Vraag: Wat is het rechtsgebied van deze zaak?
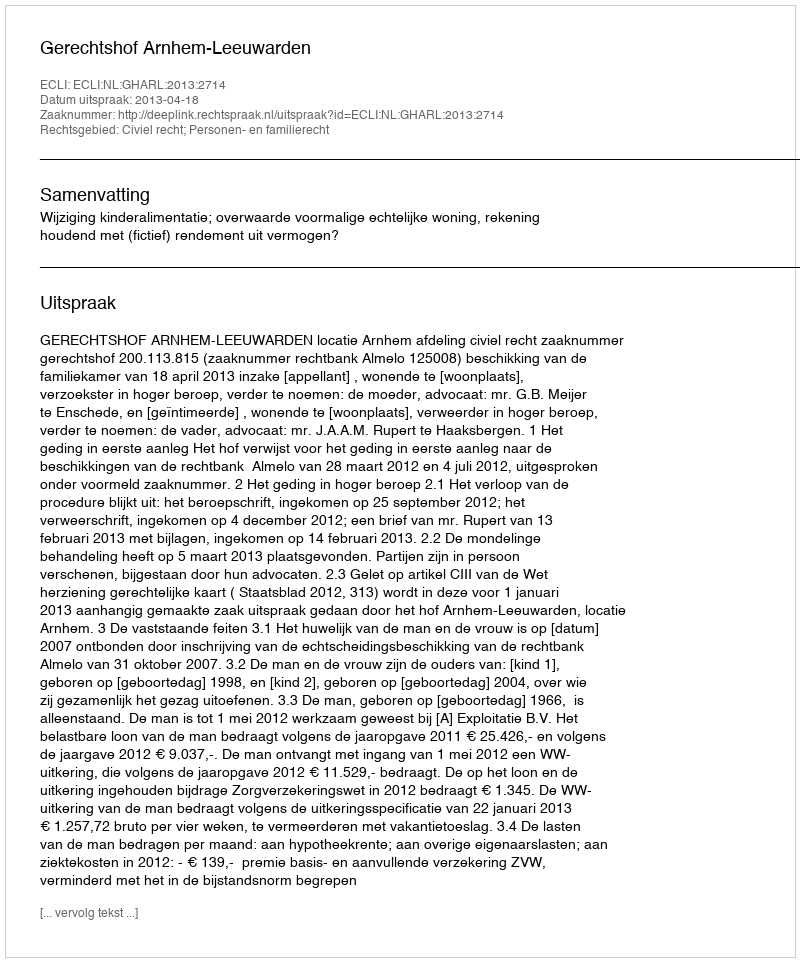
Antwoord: Civiel recht; Personen- en familierecht